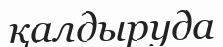
қалдыруда